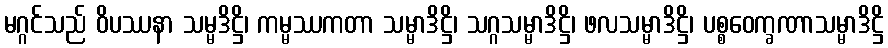
မဂ္ဂင်သည် ဝိပဿနာ သမ္မဒိဋ္ဌိ၊ ကမ္မဿကတာ သမ္မာဒိဋ္ဌိ၊ သဂ္ဂသမ္မာဒိဋ္ဌိ၊ ဖလသမ္မာဒိဋ္ဌိ၊ ပစ္စဝေက္ခဏာသမ္မာဒိဋ္ဌိ